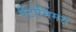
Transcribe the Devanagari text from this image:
पैंटोमिमस